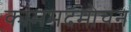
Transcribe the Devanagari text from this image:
काममदमोचन